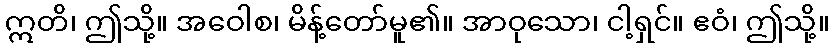
ဣတိ၊ ဤသို့။ အဝေါစ၊ မိန့်တော်မူ၏။ အာဝုသော၊ ငါ့ရှင်။ ဧဝံ၊ ဤသို့။